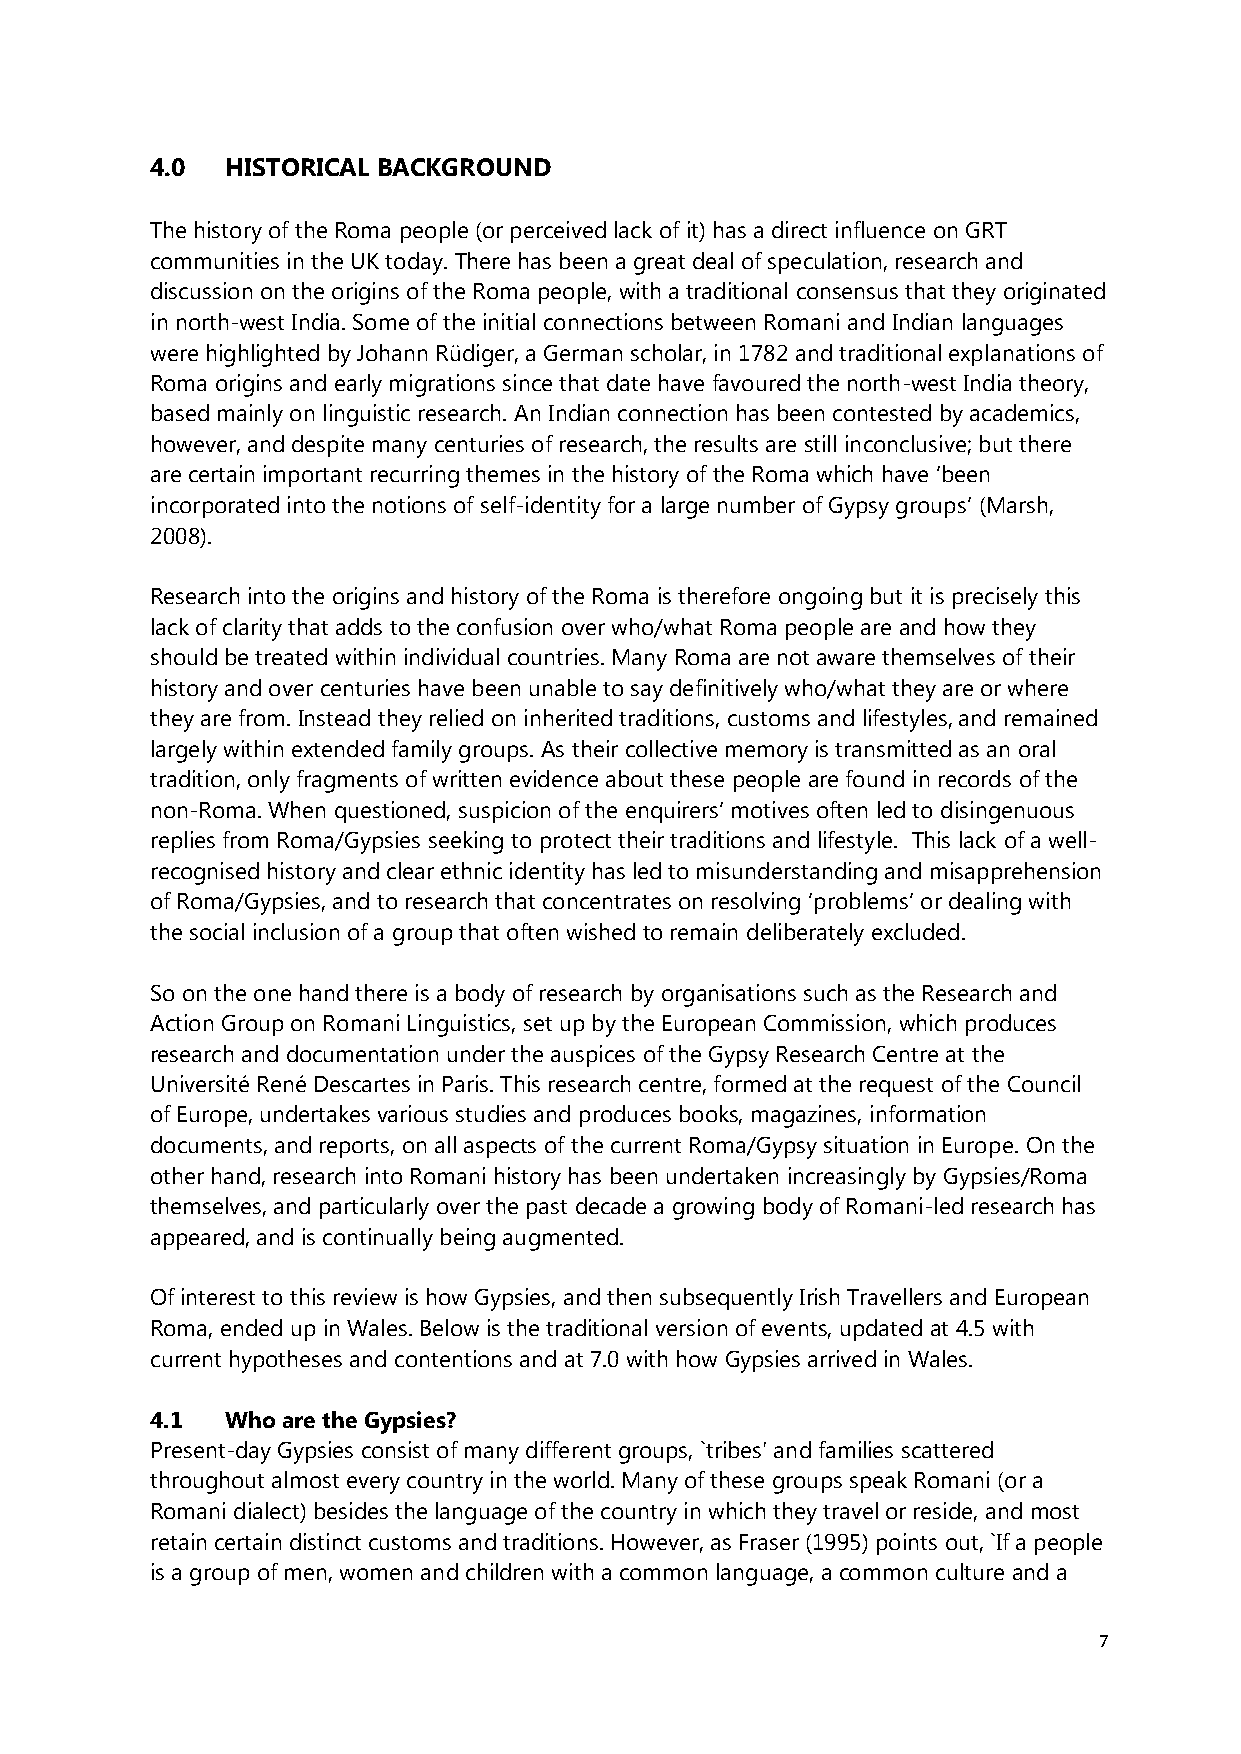
4.0  HISTORICAL BACKGROUND
 The history of the Roma people (or perceived lack of it) has a direct influence on GRT
 communities in the UK today. There has been a great deal of speculation, research and
 discussion on the origins of the Roma people, with a traditional consensus that they originated
 in north-west India. Some of the initial connections between Romani and Indian languages
 were highlighted by Johann Rüdiger, a German scholar, in 1782 and traditional explanations of
 Roma origins and early migrations since that date have favoured the north-west India theory,
 based mainly on linguistic research. An Indian connection has been contested by academics,
 however, and despite many centuries of research, the results are still inconclusive; but there
 are certain important recurring themes in the history of the Roma which have ‘been
 incorporated into the notions of self-identity for a large number of Gypsy groups’ (﴾Marsh,
 2008).
 Research into the origins and history of the Roma is therefore ongoing but it is precisely this
 lack of clarity that adds to the confusion over who/what Roma people are and how they
 should be treated within individual countries. Many Roma are not aware themselves of their
 history and over centuries have been unable to say definitively who/what they are or where
 they are from. Instead they relied on inherited traditions, customs and lifestyles, and remained
 largely within extended family groups. As their collective memory is transmitted as an oral
 tradition, only fragments of written evidence about these people are found in records of the
 non-Roma. When questioned, suspicion of the enquirers’ motives often led to disingenuous
 replies from Roma/Gypsies seeking to protect their traditions and lifestyle. This lack of a well-
 recognised history and clear ethnic identity has led to misunderstanding and misapprehension
 of Roma/Gypsies, and to research that concentrates on resolving ‘problems’ or dealing with
 the social inclusion of a group that often wished to remain deliberately excluded.
 So on the one hand there is a body of research by organisations such as the Research and
 Action Group on Romani Linguistics, set up by the European Commission, which produces
 research and documentation under the auspices of the Gypsy Research Centre at the
 Université René Descartes in Paris. This research centre, formed at the request of the Council
 of Europe, undertakes various studies and produces books, magazines, information
 documents, and reports, on all aspects of the current Roma/Gypsy situation in Europe. On the
 other hand, research into Romani history has been undertaken increasingly by Gypsies/Roma
 themselves, and particularly over the past decade a growing body of Romani-led research has
 appeared, and is continually being augmented.
 Of interest to this review is how Gypsies, and then subsequently Irish Travellers and European
 Roma, ended up in Wales. Below is the traditional version of events, updated at 4.5 with
 current hypotheses and contentions and at 7.0 with how Gypsies arrived in Wales.
 4.1  Who are the Gypsies?
 Present-day Gypsies consist of many different groups, `tribes' and families scattered
 throughout almost every country in the world. Many of these groups speak Romani (or a
 Romani dialect) besides the language of the country in which they travel or reside, and most
 retain certain distinct customs and traditions. However, as Fraser (1995) points out, `If a people
 is a group of men, women and children with a common language, a common culture and a
 7